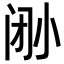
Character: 𫴼